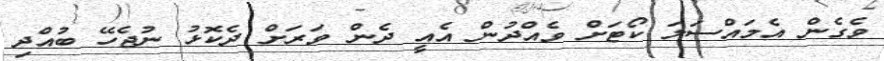
ވެގެން އެމައްސަލަ ކޯޓަށް ވެއްދުން އެއީ ދެން ވަރަށް ދެކޮޅު ނުޖެހޭ ބުއްދި